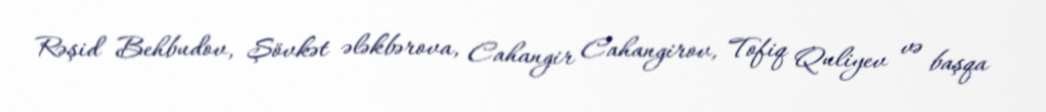
Rəşid Behbudov, Şövkət ələkbərova, Cahangir Cahangirov, Tofiq Quliyev və başqa